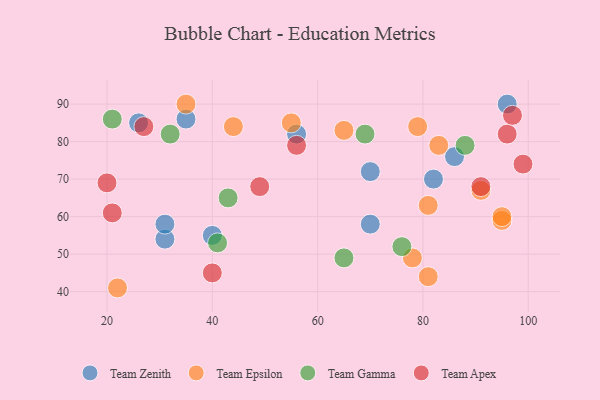
{"axis": {"x": "GDP", "y": "Life Expectancy"}, "legend": ["Team Apex", "Team Epsilon", "Team Gamma", "Team Zenith"], "data": [{"x": "86", "y": 76, "type": "Team Zenith"}, {"x": "26", "y": 85, "type": "Team Zenith"}, {"x": "31", "y": 54, "type": "Team Zenith"}, {"x": "82", "y": 70, "type": "Team Zenith"}, {"x": "35", "y": 86, "type": "Team Zenith"}, {"x": "70", "y": 72, "type": "Team Zenith"}, {"x": "31", "y": 58, "type": "Team Zenith"}, {"x": "70", "y": 58, "type": "Team Zenith"}, {"x": "56", "y": 82, "type": "Team Zenith"}, {"x": "96", "y": 90, "type": "Team Zenith"}, {"x": "40", "y": 55, "type": "Team Zenith"}, {"x": "95", "y": 59, "type": "Team Epsilon"}, {"x": "81", "y": 44, "type": "Team Epsilon"}, {"x": "65", "y": 83, "type": "Team Epsilon"}, {"x": "44", "y": 84, "type": "Team Epsilon"}, {"x": "79", "y": 84, "type": "Team Epsilon"}, {"x": "83", "y": 79, "type": "Team Epsilon"}, {"x": "78", "y": 49, "type": "Team Epsilon"}, {"x": "81", "y": 63, "type": "Team Epsilon"}, {"x": "55", "y": 85, "type": "Team Epsilon"}, {"x": "95", "y": 60, "type": "Team Epsilon"}, {"x": "22", "y": 41, "type": "Team Epsilon"}, {"x": "35", "y": 90, "type": "Team Epsilon"}, {"x": "91", "y": 67, "type": "Team Epsilon"}, {"x": "76", "y": 52, "type": "Team Gamma"}, {"x": "21", "y": 86, "type": "Team Gamma"}, {"x": "69", "y": 82, "type": "Team Gamma"}, {"x": "41", "y": 53, "type": "Team Gamma"}, {"x": "43", "y": 65, "type": "Team Gamma"}, {"x": "32", "y": 82, "type": "Team Gamma"}, {"x": "65", "y": 49, "type": "Team Gamma"}, {"x": "88", "y": 79, "type": "Team Gamma"}, {"x": "99", "y": 74, "type": "Team Apex"}, {"x": "20", "y": 69, "type": "Team Apex"}, {"x": "96", "y": 82, "type": "Team Apex"}, {"x": "56", "y": 79, "type": "Team Apex"}, {"x": "40", "y": 45, "type": "Team Apex"}, {"x": "97", "y": 87, "type": "Team Apex"}, {"x": "27", "y": 84, "type": "Team Apex"}, {"x": "21", "y": 61, "type": "Team Apex"}, {"x": "49", "y": 68, "type": "Team Apex"}, {"x": "91", "y": 68, "type": "Team Apex"}]}